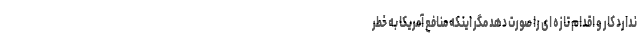
ندارد کار و اقدام تازه ای را صورت دهد مگر اینکه منافع آمریکا به خطر